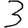
Digit: 3